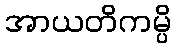
အာယတိကမ္ပိ